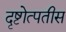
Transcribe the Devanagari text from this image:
दृष्टोत्पतीस